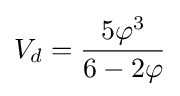
V_{d}={\frac {5\varphi ^{3}}{6-2\varphi }}